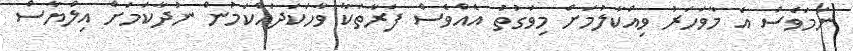
ނަމަވެސް އެ މާވަހަރު ވިއްކާލުމަށް މިވަގުތު އެއްވެސް ފަރާތަކާ ވާހަކަދައްކަމުން ނުދާކަމަށް އިލްޔާސް